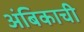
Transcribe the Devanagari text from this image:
अंबिकाची